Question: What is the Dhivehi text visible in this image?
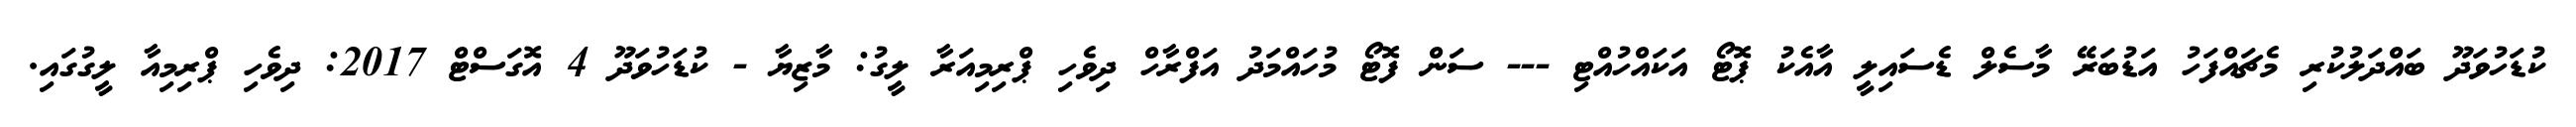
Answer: ކުޑަހުވަދޫ ބައްދަލުކުރި މެޗައްފަހު އަޑުބަރޭ މާސެލް ޑެސައިލީ އާއެކު ޕޮޓޯ އަކައްހުއްޓި --- ސަން ފޮޓޯ މުހައްމަދު އަފްރާހް ދިވެހި ޕްރިމިއަރާ ލީގު: މާޒިޔާ - ކުޑަހުވަދޫ 4 އޮގަސްޓް 2017: ދިވެހި ޕްރިމިއާ ލީގުގައި.